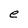
Character: e